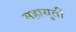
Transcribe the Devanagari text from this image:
महायुती